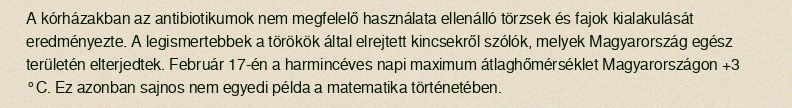
A kórházakban az antibiotikumok nem megfelelő használata ellenálló törzsek és fajok kialakulását eredményezte. A legismertebbek a törökök által elrejtett kincsekről szólók, melyek Magyarország egész területén elterjedtek. Február 17-én a harmincéves napi maximum átlaghőmérséklet Magyarországon +3 °C. Ez azonban sajnos nem egyedi példa a matematika történetében.